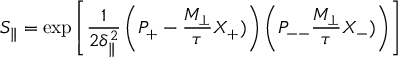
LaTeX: S _ { \parallel } = \exp \left[ \frac 1 { 2 \delta _ { \parallel } ^ { 2 } } \left( P _ { + } - \frac { M _ { \perp } } { \tau } X _ { + } ) \right) \left( P _ { -- } \frac { M _ { \perp } } { \tau } X _ { - } ) \right) \right]